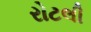
રોટલી